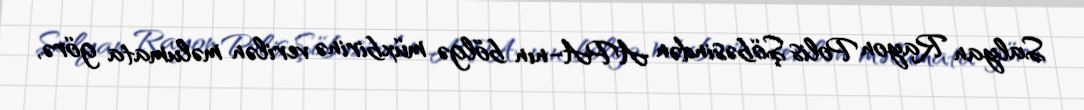
Salyan Rayon Polis Şöbəsindən APA-nın bölgə müxbirinə verilən məlumata görə,